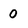
Character: 0